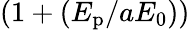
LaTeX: \left(1+(E_{\mathrm{p}}/aE_{0})\right)